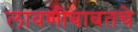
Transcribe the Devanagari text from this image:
लावणीबाबतचे